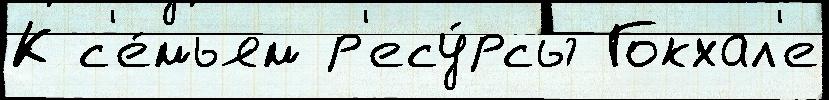
К с'е́мьям р'есу́рсы Гокхал'е